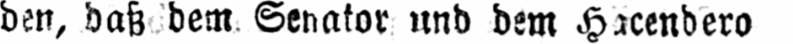
den, daß dem Senator und dem Hacendero